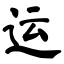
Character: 运